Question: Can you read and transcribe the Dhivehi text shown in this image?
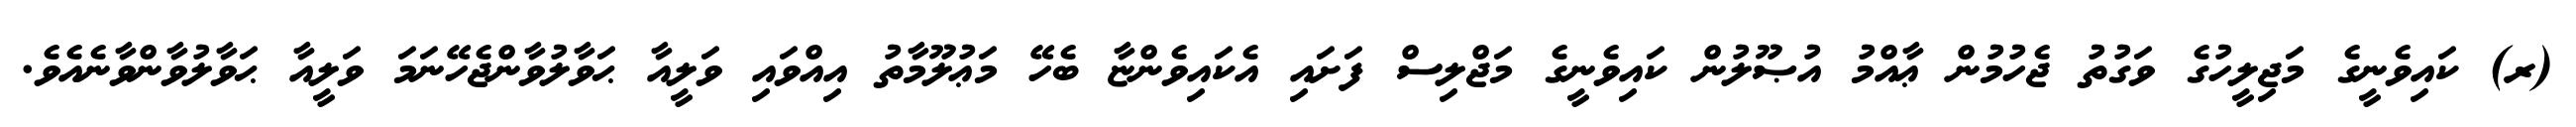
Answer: (ރ) ކައިވެނީގެ މަޖިލީހުގެ ވަގުތު ޖެހުމުން ޢާއްމު އުޞޫލުން ކައިވެނީގެ މަޖްލިސް ފަށައި އެކައިވެންޏާ ބެހޭ މަޢުލޫމާތު އިއްވައި ވަލީއާ ޙަވާލުވާންޖެހޭނަމަ ވަލީއާ ޙަވާލުވާންވާނެއެވެ.